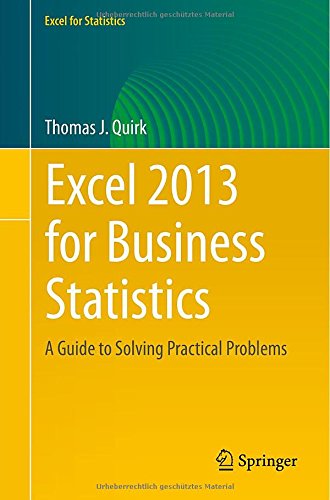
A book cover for Excel 2013 for Business Statistics: A Guide to Solving Practical Business Problems (Excel for Statistics); Thomas J. Quirk; Business & Money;